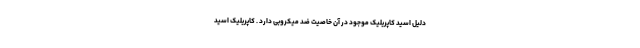
دلیل اسید کاپریلیک موجود در آن خاصیت ضد میکروبی دارد . کاپریلیک اسید